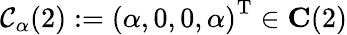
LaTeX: \mathcal{C}_{\alpha}(2):=\left(\alpha,0,0,\alpha\right)^{\mathrm{T}}\in\mathbf{C}(2)